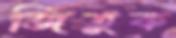
জিতুক